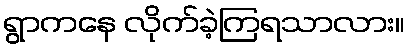
ရွာကနေ လိုက်ခဲ့ကြရသာလား။